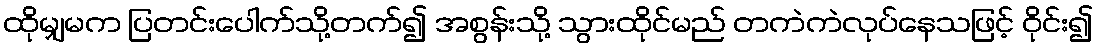
ထိုမျှမက ပြတင်းပေါက်သို့တက်၍ အစွန်းသို့ သွားထိုင်မည် တကဲကဲလုပ်နေသဖြင့် ဝိုင်း၍